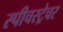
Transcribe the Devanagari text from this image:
स्पीचस्ट्रेचर